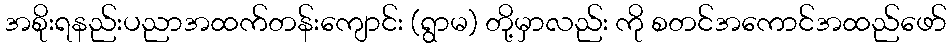
အစိုးရနည်းပညာအထက်တန်းကျောင်း (ရွာမ) တို့မှာလည်း ကို စတင်အကောင်အထည်ဖော်